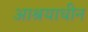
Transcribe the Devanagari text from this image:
आश्रयाधीन